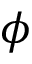
\phi